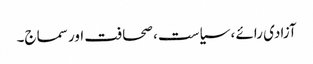
آزادی رائے ، سیاست ، صحافت اور سماج۔